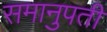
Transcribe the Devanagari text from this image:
समानुपती